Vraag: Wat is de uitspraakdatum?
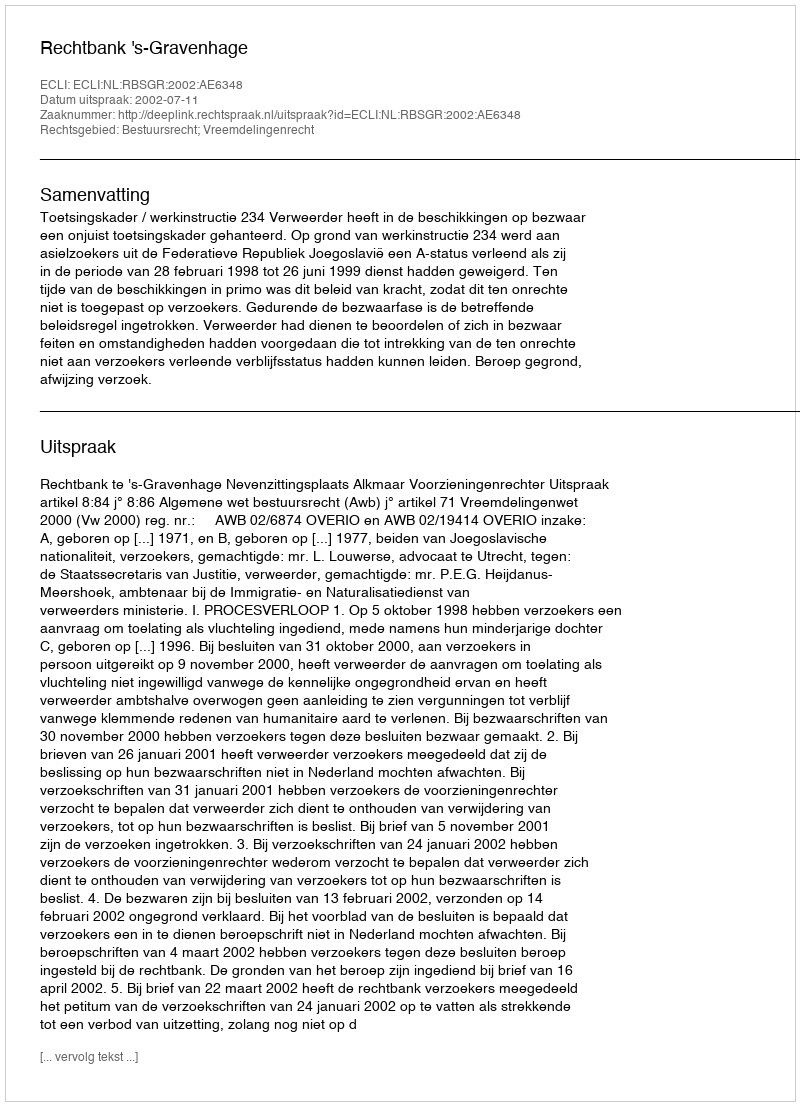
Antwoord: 2002-07-11